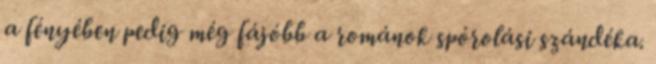
a fényében pedig még fájóbb a románok spórolási szándéka.